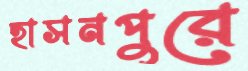
হাসনপুরে